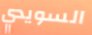
السويدي